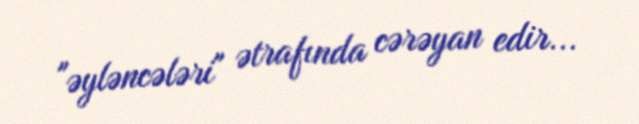
"əyləncələri" ətrafında cərəyan edir...